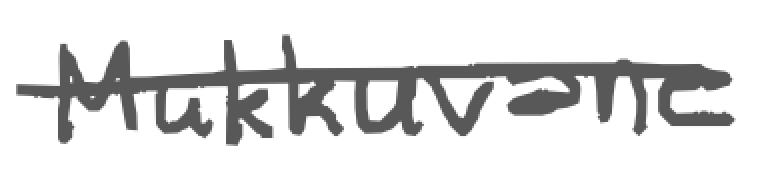
Text: Mukkuvane
Cross-out: single-line
Writing tool: digital_gray